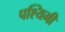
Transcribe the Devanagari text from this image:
पश्यिमी